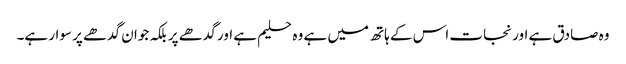
وہ صادق ہے اور نجات اس کے ہاتھ میں ہے وہ حلیم ہے اور گدھے پر بلکہ جوان گدھے پر سوار ہے۔